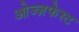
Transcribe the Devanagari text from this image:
ओज्ज़फेस्ट